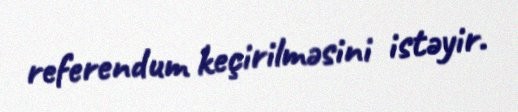
referendum keçirilməsini istəyir.